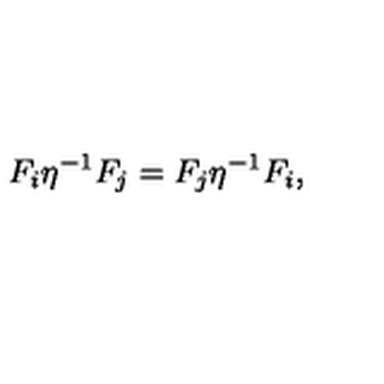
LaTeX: F _ { i } \eta ^ { - 1 } F _ { j } = F _ { j } \eta ^ { - 1 } F _ { i } ,